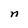
Character: n